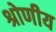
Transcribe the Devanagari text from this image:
श्रोणीय